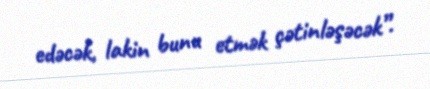
edəcək, lakin bunu etmək çətinləşəcək”.